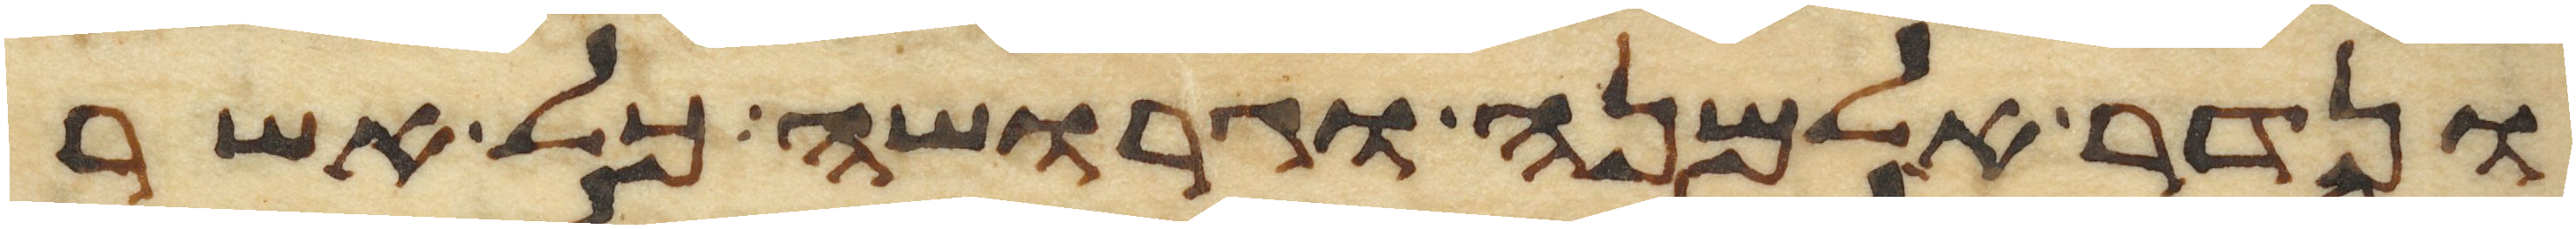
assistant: ונדר אלמנה וגרושה כל אשר